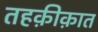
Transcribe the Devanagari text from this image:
तहक़ीक़ात